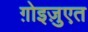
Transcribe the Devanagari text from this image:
ग़ोइज़ुएत